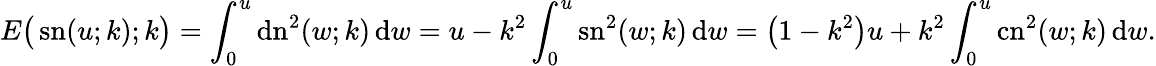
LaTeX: E{\bigl(}\operatorname{sn}(u;k);k{\bigr)}=\int_{0}^{u}\operatorname{dn}^{2}(w;k)\, \mathrm{d}w=u-k^{2}\int_{0}^{u}\operatorname{sn}^{2}(w;k)\, \mathrm{d}w=\left(1-k^{2}\right)u+k^{2}\int_{0}^{u}\operatorname{cn}^{2}(w;k)\, \mathrm{d}w.